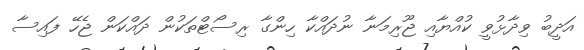
އަދީބު ވިދާޅުވީ ކުއްޔާއި ޖޫރިމަނާ ނުދައްކާ ހިންގާ ރިސޯޓްތަކުން ދައްކަން ޖެހޭ ފައިސާ